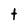
Character: t